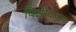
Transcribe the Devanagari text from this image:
पिन्नीपेड्स